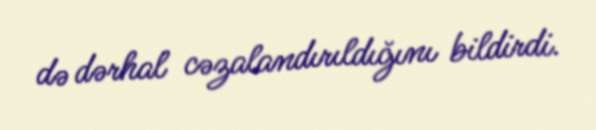
də dərhal cəzalandırıldığını bildirdi.